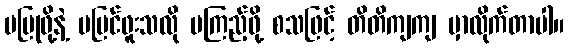
မပြုဖို့နဲ့ မမြင်ဖူးသလို မကြည့်ဖို့ စသဖြင့် တိတိကျကျ မှာလိုက်တာပါ။